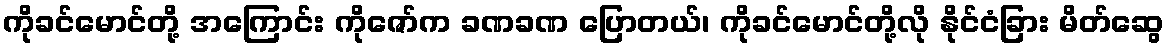
ကိုခင်မောင်တို့ အကြောင်း ကိုဇော်က ခဏခဏ ပြောတယ်၊ ကိုခင်မောင်တို့လို နိုင်ငံခြား မိတ်ဆွေ